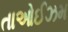
તાઓઈઝમ